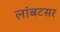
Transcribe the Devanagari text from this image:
लांबटसर